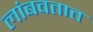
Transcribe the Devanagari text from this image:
लांबवतात